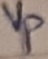
Text: Vp